Report on horse surra - Volume I
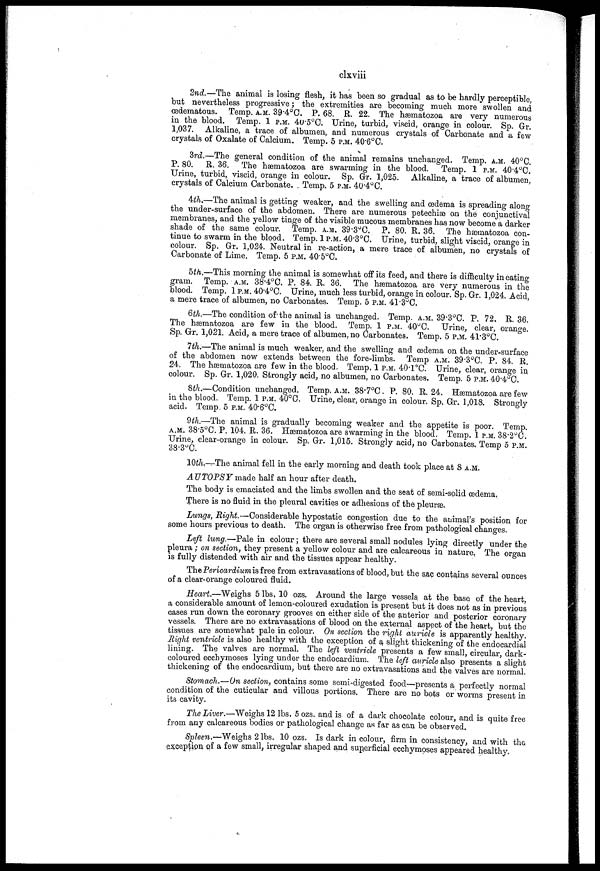
clxviii
2nd.—The animal is losing flesh,. it has been so gradual as to be hardly perceptible,
but nevertheless progressive; the extremities are becoming much more swollen and
œdematous. Temp. A.M. 39.4°C. P. 68. R. 22. The hæmatozoa are very numerous
in the blood. Temp. 1 P.M. 40.5°C. Urine, turbid, viscid, orange in colour. Sp. Gr.
1,037. Alkaline, a trace of albumen, and numerous crystals of Carbonate and a few
crystals of Oxalate of Calcium. Temp. 5 P.M. 40.6°C.
3rd.—The general condition of the animal remains unchanged. Temp. A.M. 40°C.
P. 80. R. 36. The hæmatozoa are swarming in the blood. Temp. 1 P.M. 40.4°C.
Urine, turbid, viscid, orange in colour. Sp. Gr. 1,025. Alkaline, a trace of albumen,
crystals of Calcium Carbonate. . Temp. 5 p.m. 40.4° C.
4th.—The animal is getting weaker, and the swelling and œdema is spreading along
the under-surface of the abdomen. There are numerous petechias on the conjunctival
membranes, and the yellow tinge of the visible mucous membranes has now become a darker
shade of the same colour. Temp. A.M. 39.3ºC. P. 80. R. 36. The hæmatozoa con-
tinue to swarm in the blood. Temp. 1P.M. 40.3°C. Urine, turbid, slight viscid, orange in
colour. Sp. Gr. 1,024. Neutral in re-action, a mere trace of albumen, no crystals of
Carbonate of Lime. Temp. 5 P.M. 40.5°C.
5th.—This morning the animal is somewhat off its feed, and there is difficulty in eating
gram. Temp. A.M. 38.4°C. P. 84. R. 36. The hæmatozoa are very numerous in the
blood. Temp. 1 P.M. 40.4°C. Urine, much less turbid, orange in colour. Sp. Gr. 1,024, Acid,
a mere trace of albumen, no Carbonates. Temp. 5 P.M. 41.3°C.
6th.—The condition of the animal is unchanged. Temp. A.M. 39.3°C. P. 72. R. 36.
The hæmatozoa are few in the blood. Temp. 1 P.M. 40ºC. Urine, clear, orange.
Sp. Gr. 1,021. Acid, a mere trace of albumen, no Carbonates. Temp. 5 P.M. 41.3°C.
7th.—The animal is much weaker, and the swelling and œdema on the under-surface
of the abdomen now extends between the fore-limbs. Temp A.M. 39.3°C. P. 84. R.
24. The hæmatozoa are few in the blood. Temp. 1 P.M. 40.1°C Urine, clear, orange in
colour. Sp. Gr. 1,020. Strongly acid, no albumen, no Carbonates. Temp. 5 P.M. 40.4°C.
8th.—-Condition unchanged. Temp. A.M. 38.7°C. P. 80. R. 24. Hæmatozoa are few
in the blood. Temp. 1 P.M. 40°C. Urine, clear, orange in colour. Sp. Gr. 1,018. Strongly
acid. Temp. 5 P.M. 40.6°C.
9th.—The animal is gradually becoming weaker and the appetite is poor. Temp.
A.M. 38.5°C. P. 104. R. 36. Hæmatozoa are swarming in the blood. Temp. 1 P.M. 38.2°C.
Urine, clear-orange in colour. Sp. Gr. 1,015. Strongly acid, no Carbonates. Temp 5 P.M.
38.3°C.
10th.-The animal fell in the early morning and death took place at 8 A.M.
AUTOPSY made half an hour after death.
The body is emaciated and the limbs swollen and the seat of semi-solid œdema.
There is no fluid in the pleural cavities or adhesions of the pleurae.
Lungs, Right.—Considerable hypostatic congestion due to the animal's position for
some hours previous to death. The organ is otherwise free from pathological changes.
Left lung.—Pale in colour; there are several small nodules lying directly under the
pleura; on section, they present a yellow colour and are calcareous in nature. The organ
is fully distended with air and the tissues appear healthy.
The Pericardium is free from extravasations of blood, but the sac contains several ounces
of a clear-orange coloured fluid.
Heart.—Weighs 5 lbs, 10 ozs. Around the large vessels at the base of the heart,
a considerable amount of lemon-coloured exudation is present but it does not as in previous
cases run down the coronary grooves on either side of the anterior and posterior coronary
vessels. There are no extravasations of blood on the external aspect of the heart, but the
tissues are somewhat pale in colour. On section the right auricle is apparently healthy.
Might ventricle is also healthy with the exception of a slight thickening of the endocardial
lining. The valves are normal. The left ventricle presents a few small, circular, dark-
coloured eccbymoses lying under the endocardium. The left auricle also presents a slight
thickening of the endocardium, but there are no extravasations and the valves are normal.
Stomach.—On section, contains some semi-digested food—presents a perfectly normal
condition of the cuticular and villous portions. There are no bots or worms present in
its cavity.
The Liver.—Weighs 12 lbs. 5 ozs. and is of a dark chocolate colour, and is quite free
from any calcareous bodies or pathological change as far as can be observed.
Spleen.—Weighs 2 lbs. 10 ozs. Is dark in colour, firm in consistency, and with the
exception of a few small, irregular shaped and superficial ecchymoses appeared healthy.